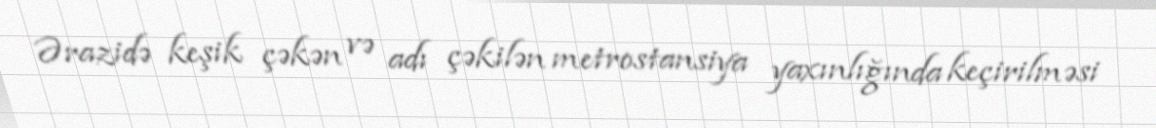
Ərazidə keşik çəkən və adı çəkilən metrostansiya yaxınlığında keçirilməsi